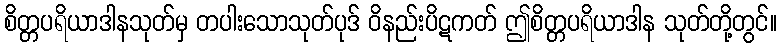
စိတ္တပရိယာဒါနသုတ်မှ တပါးသောသုတ်ပုဒ် ဝိနည်းပိဋကတ် ဤစိတ္တပရိယာဒါန သုတ်တို့တွင်။